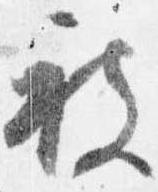
被